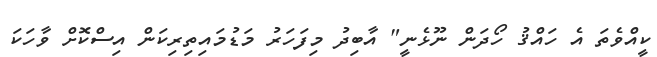
ކީއްވެތަ އެ ހައްޤު ހޯދަން ނޫޅެނީ" އާބިދު މިފަހަރު މަޑުމައިތިރިިކަން އިސްކޮށް ވާހަކަ